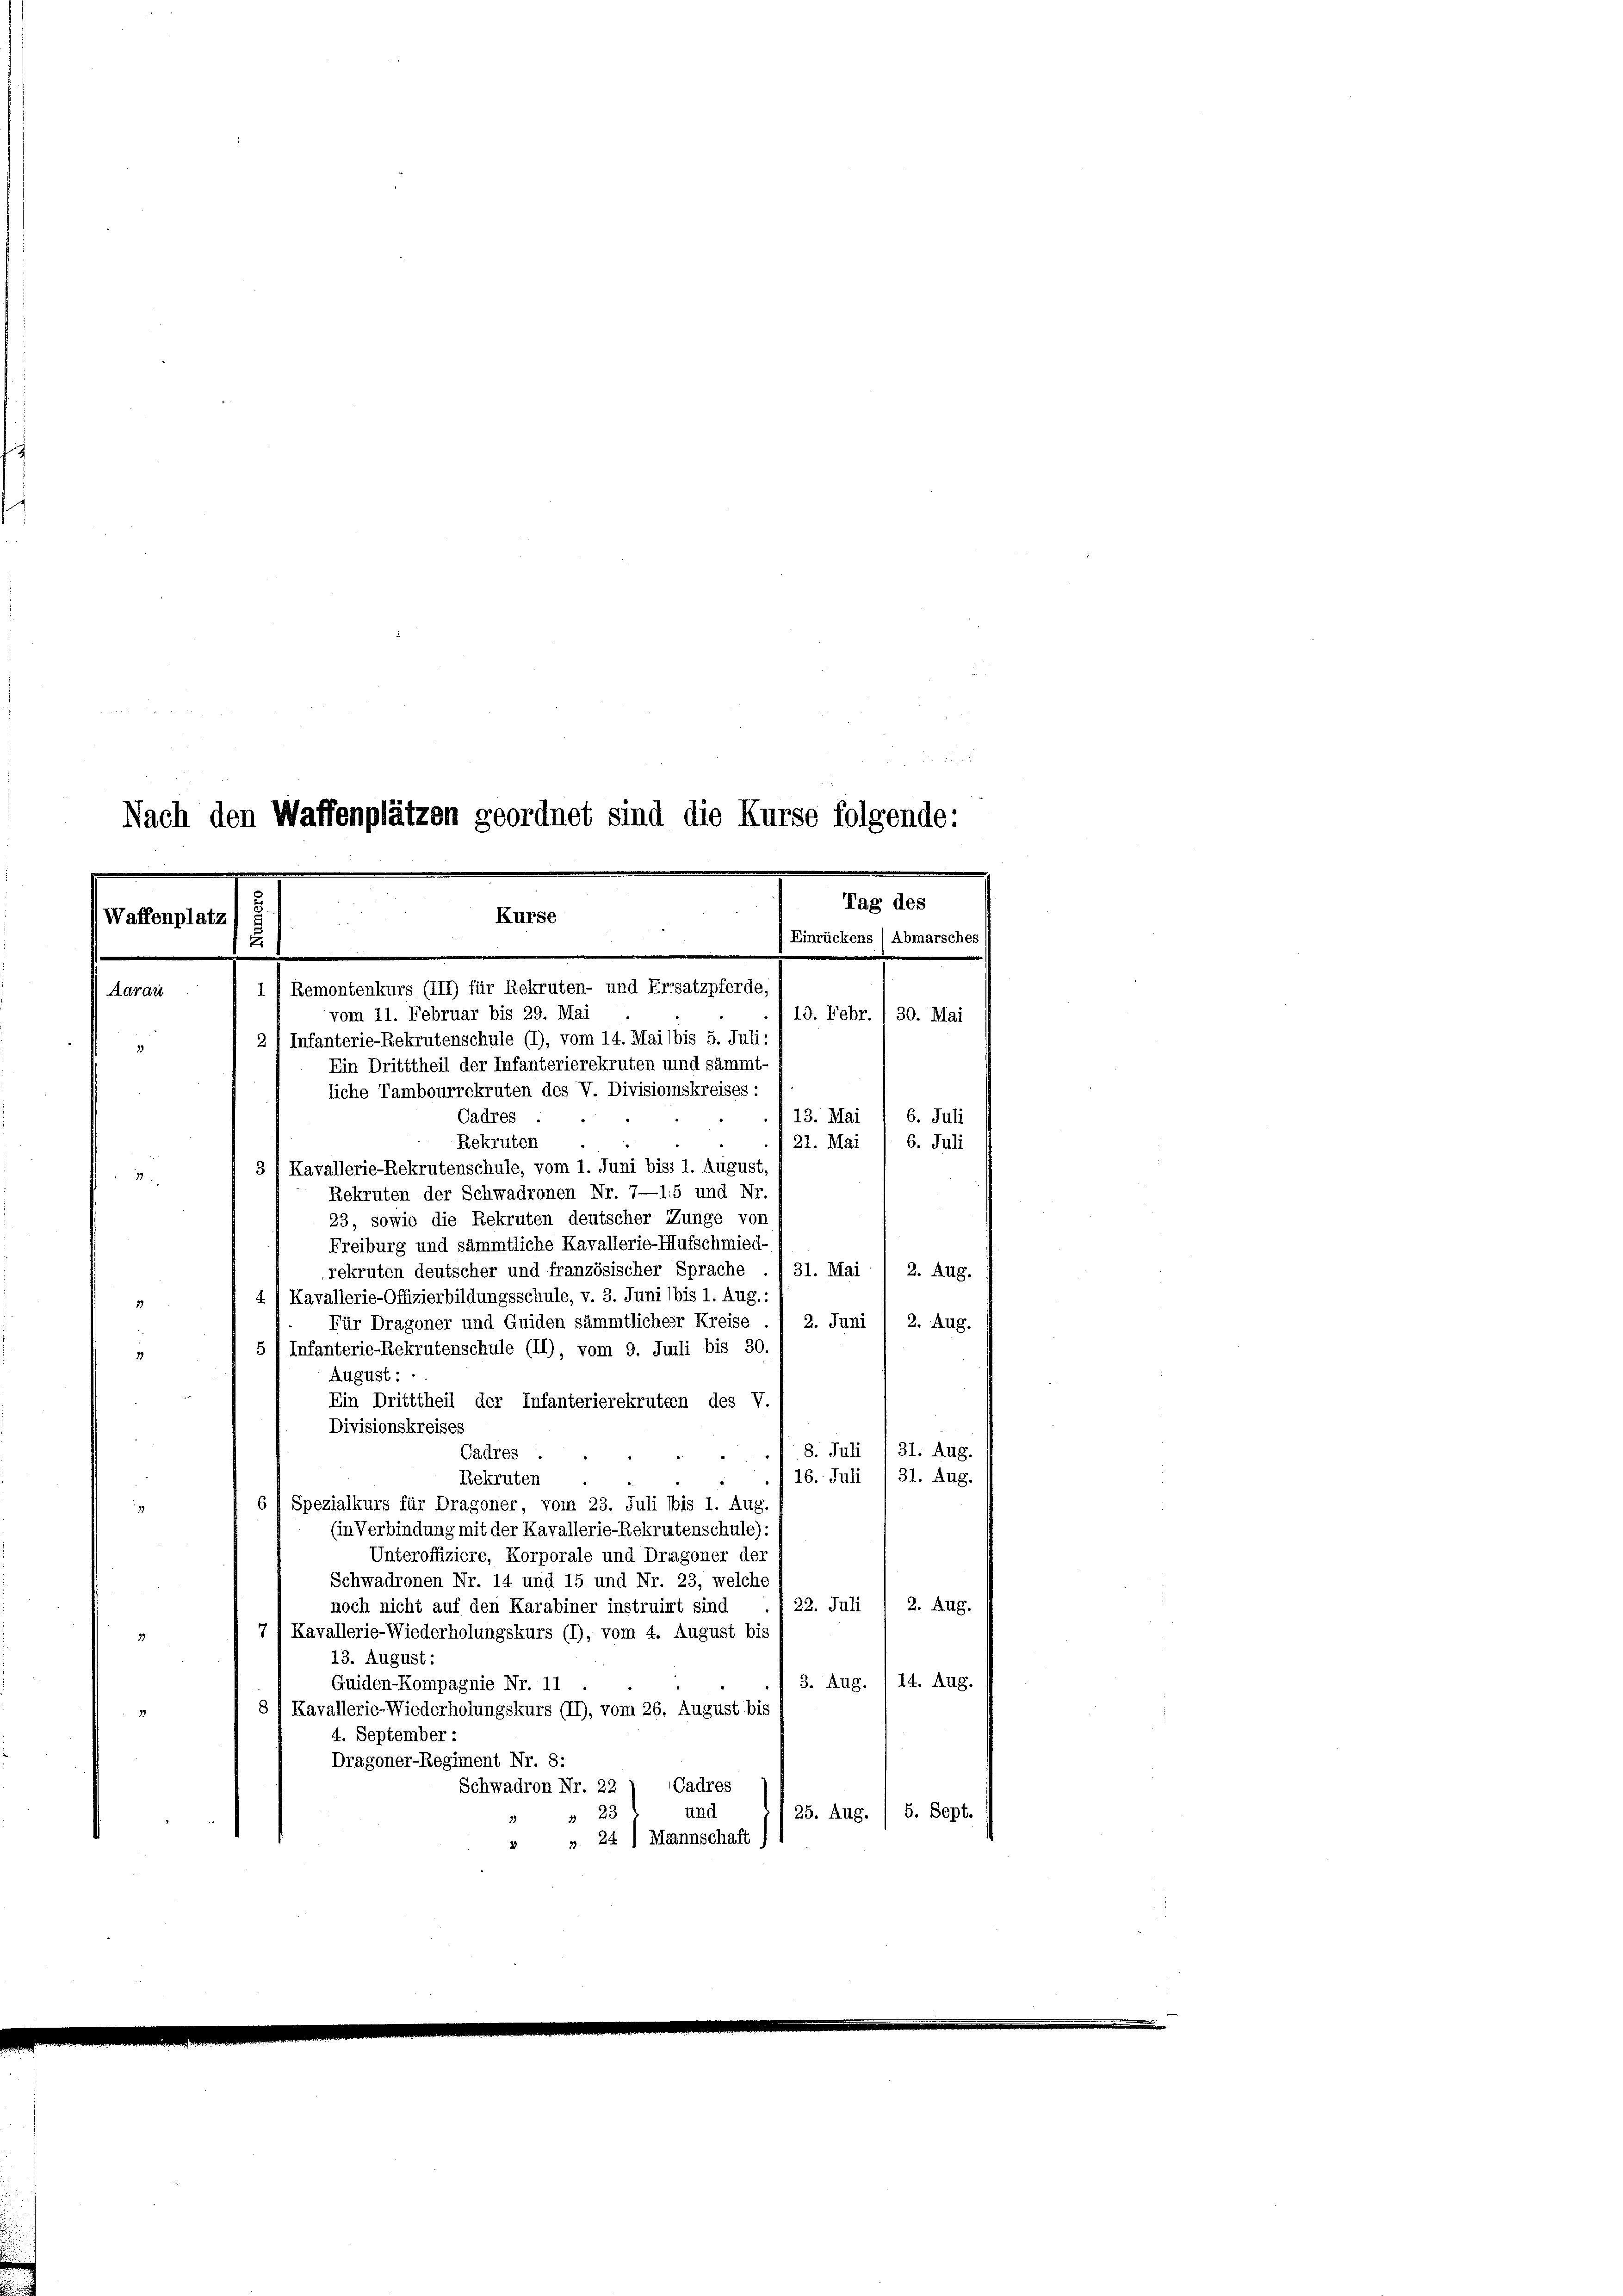
Nach den Waffenplätzen geordnet sind die Kurse folgende:
Tag des
Kurse
Waffenplatz
Einrückens (Abmarsches
E
.
Remontenkurs (III) für Rekruten- und Ersatzpferde,
vom 11. Februar bis 29. Mai
19. Febr. / 30. Mai

Aardi
2 / Infanterie-Rekrutenschule (1), vom 14. Mai bis 5. Juli:
1
Ein Dritttheil der Infanterierekruten und sämmt-
liche Tambourrekruten des V. Divisionskreises:
Cadres
13. Mai 1 6. Juli
Rekruten
121. Mai / 6. Juli
3 / Kavallerie-Rekrutenschule, vom 1. Juni biss 1. August

Rekruten der Schwadronen Nr. 7—15 und Nr.
23, sowie die Rekruten deutscher Zunge von
Freiburg und sämmtliche Kavallerie-Hufschmied-
rekruten deutscher und französischer Sprache . 31. Mai
2. Aug.
4) Kavallerie-Offizierbildungsschule, v. 3. Juni (bis 1. Aug.:
Für Dragoner und Guiden sämmtlichesr Kreise ./ 2. Juni 1 2. Aug.
5 1 Infanterie-Rekrutenschule (II), vom 9. Juili bis 30.
August:
Ein Dritttheil der Infanterierekruten des V.
Divisionskreises
8. Juli / 31. Aug.
Cadres .
16. Juli 131. Aug.
Rekruten
6) Spezialkurs für Dragoner, vom 23. Juli bis 1. Aug.
79
(in Verbindung mit der Kavallerie-Rekrintenschule):
Unteroffiziere, Korporale und Dragoner der
Schwadronen Nr. 14 und 15 und Nr. 23, welche
/22. Juli 2. Aug.
noch nicht auf den Karabiner instruirt sind
7) Kavallerie-Wiederholungskurs (1), vom 4. August bis
11
13. August:
3. Aug. / 14. Aug.
Guiden-Kompagnie Nr. 11
8/ Kavallerie-Wiederholungskurs (II), vom 26. August bis
4. September :
Dragoner-Regiment Nr. 8:
Cadres
Schwadron Nr. 22
und
25. Aug. / 5. Sept.
 23
» " 24) Mannschaft)